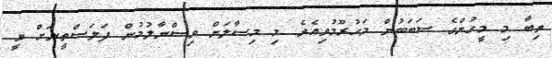
ތިބާ މި މީހުންގެ ސަބަބުން މަހުރޫމުވިއެވެ. މި މިސާލަށް ވިސްނާލުމުން ފަލަސްތީނަށް ވީ